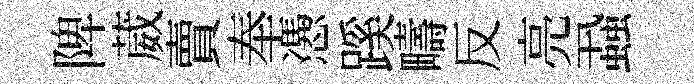
陴葳賣奉慿蹊疇反亮蝨